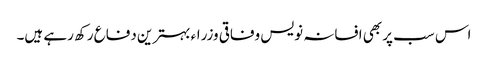
اس سب پر بھی افسانہ نویس وفاقی وزراء بہترین دفاع رکھ رہے ہیں۔